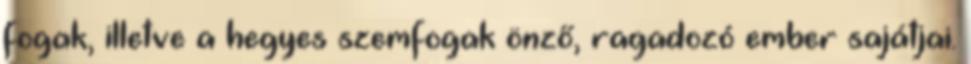
fogak, illetve a hegyes szemfogak önző, ragadozó ember sajátjai.